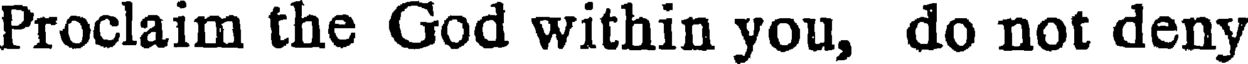
Proclaim the God within you, do not deny